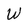
Character: W